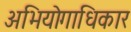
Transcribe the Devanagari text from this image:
अभियोगाधिकार